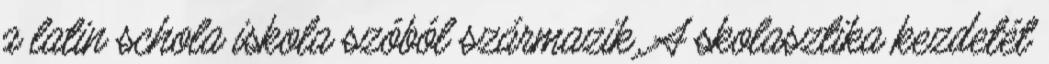
a latin schola iskola szóból származik. A skolasztika kezdetét